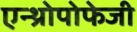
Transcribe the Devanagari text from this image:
एन्थ्रोपोफेजी